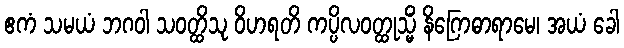
ဧကံ သမယံ ဘဂဝါ သဝတ္ထိသု ဝိဟရတိ ကပ္ပိလဝတ္ထုသ္မိံ နိဂြောဓာရာမေ၊ အယံ ခေါ